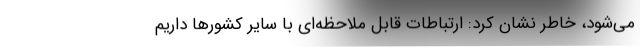
می‌شود، خاطر نشان کرد: ارتباطات قابل ملاحظه‌ای با سایر کشورها داریم